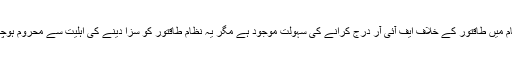
اس نظام میں طاقتور کے خلاف ایف آئی آر درج کرانے کی سہولت موجود ہے مگر یہ نظام طاقتور کو سزا دینے کی اہلیت سے محروم ہوچکا ہے۔